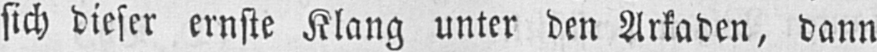
sich dieser ernste Klang unter den Arkaden, dann